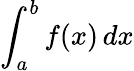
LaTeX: \int_{a}^{b}f(x)\, dx